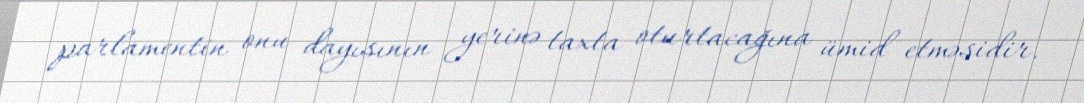
parlamentin onu dayısının yerinə taxta oturtacağına ümid etməsidir.